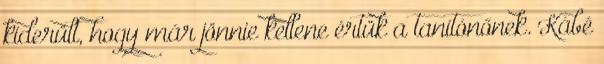
kiderült, hogy már jönnie kellene értük a tanítónőnek. Kábé